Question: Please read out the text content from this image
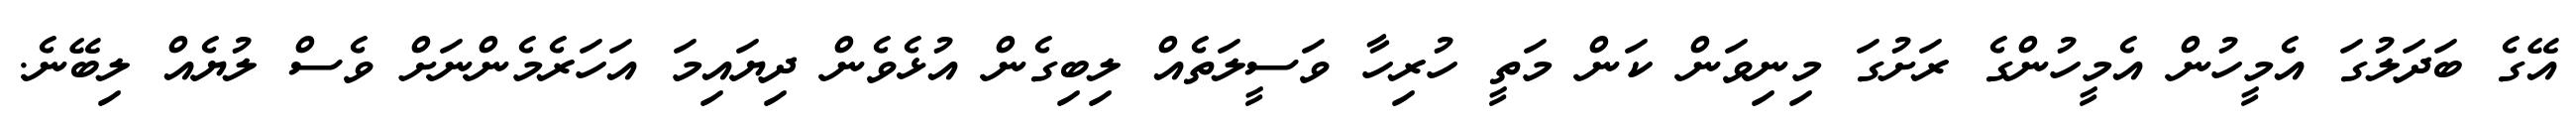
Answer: އޭގެ ބަދަލުގަ އެމީހުން އެމީހުންގެ ރަށުގަ މިނިވަން ކަން މަތީ ހުރިހާ ވަސީލަތެއް ލިބިގެން އުޅެވެން ދިޔައިމަ އަހަރެމެންނަށް ވެސް ލުޔެއް ލިބޭނެ.